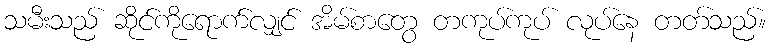
သမီးသည် ဆိုင်ကိုရောက်လျှင် အိမ်စာတွေ တကုပ်ကုပ် လုပ်နေ တတ်သည်။